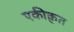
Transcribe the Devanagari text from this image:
एकीक्रुत